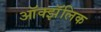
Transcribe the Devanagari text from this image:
ऑक्झॅलिक